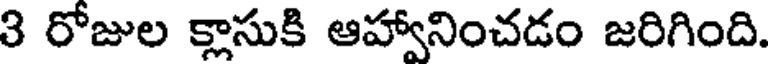
3 రోజుల క్లాసుకి ఆహ్వానించడం జరిగింది.